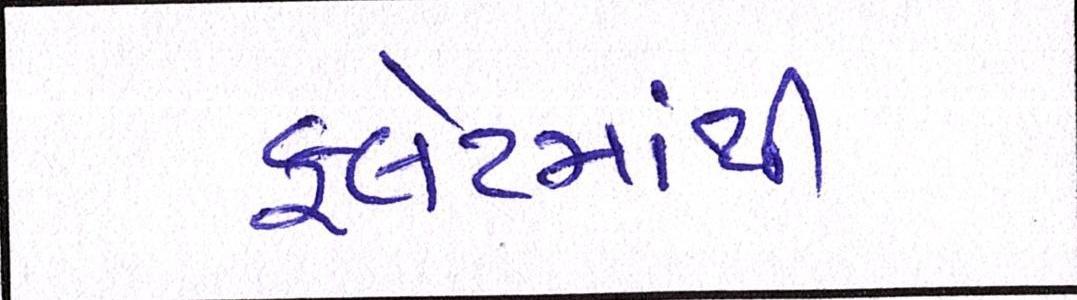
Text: ફલેટમાંથી